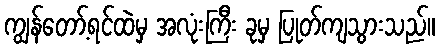
ကျွန်တော့်ရင်ထဲမှ အလုံးကြီး ခုမှ ပြုတ်ကျသွားသည်။